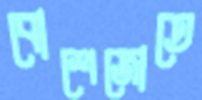
বোশেজোতে